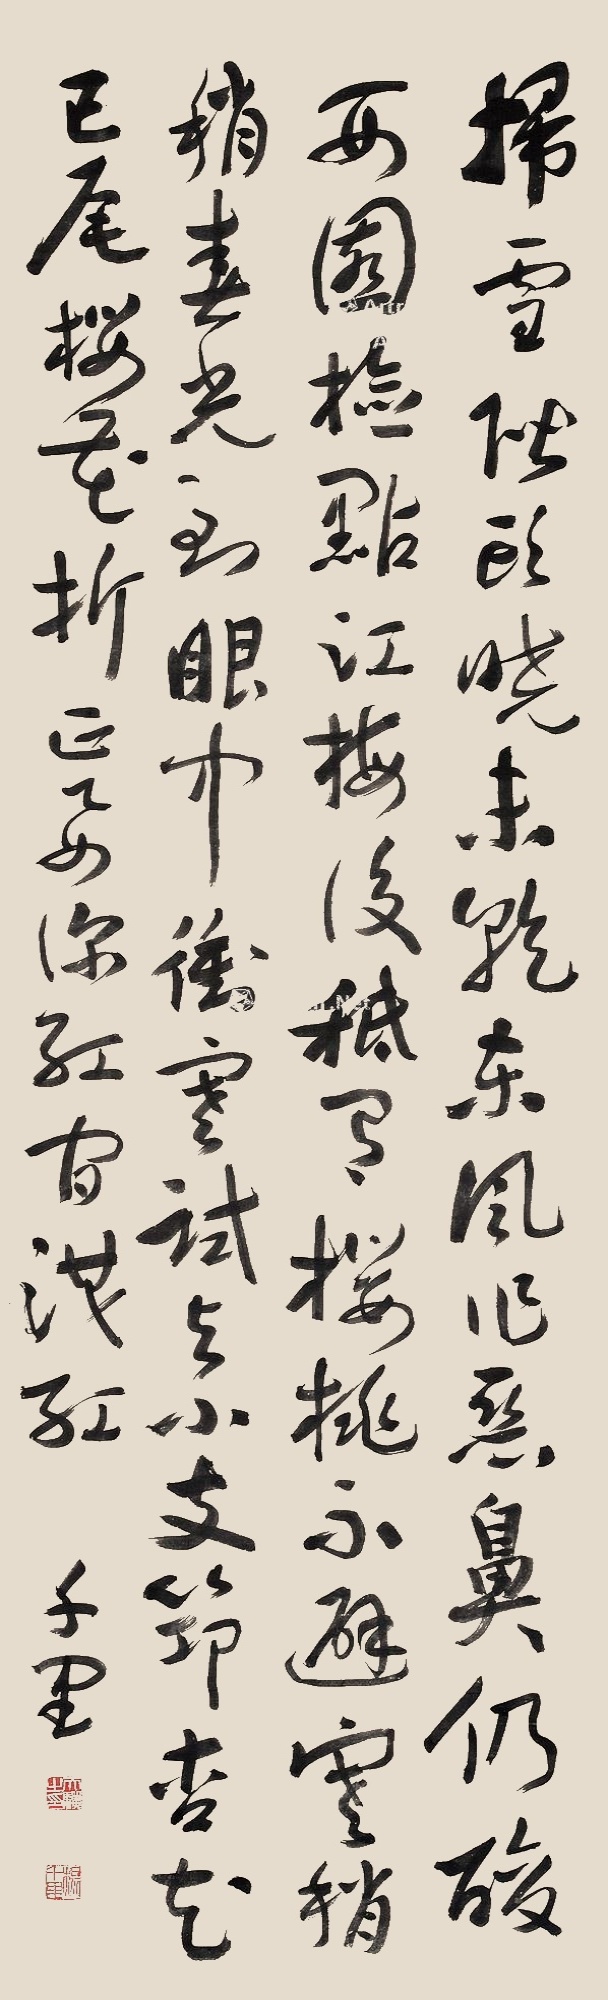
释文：扫雪阶头晓未干，东风作恶鼻仍酸。西园点检江梅后，只有樱桃不避寒。稍稍春光到眼中，御寒试与小搘筇。杏花已尾樱桃拆，正要深红间淡红。千里。